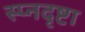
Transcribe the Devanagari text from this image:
स्प्नदृष्टा